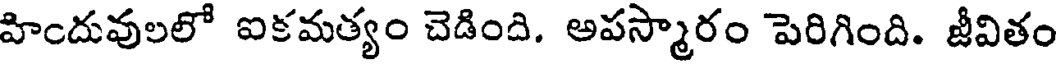
హిందువులలో ఐకమత్యం చెడింది. అపస్మారం పెరిగింది. జీవితం